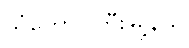
သံတောင်ကြီးမြို့နယ်